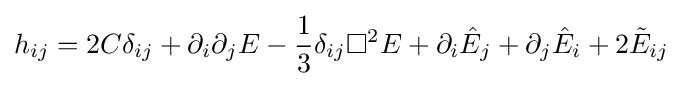
h_{ij}=2C\delta _{ij}+\partial _{i}\partial _{j}E-{\frac {1}{3}}\delta _{ij}\Box ^{2}E+\partial _{i}{\hat {E}}_{j}+\partial _{j}{\hat {E}}_{i}+2{\tilde {E}}_{ij}